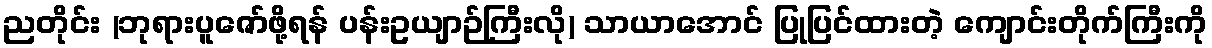
ညတိုင်း (ဘုရားပူဇော်ဖို့ရန် ပန်းဥယျာဉ်ကြီးလို) သာယာအောင် ပြုပြင်ထားတဲ့ ကျောင်းတိုက်ကြီးကို